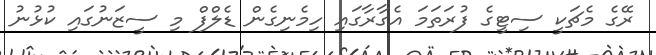
ރޭގެ މެޗަކީ ސިޓީގެ ފުރަތަމަ އެގާރާގައި ހިމެނިގެން ޑެލްފް މި ސީޒަނުގައި ކުޅުނު